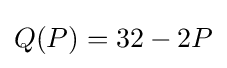
Q(P)=32-2P